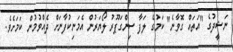
ނަޝީދުގެ "އަތައް ގޮވާނެ" ކަމުގެ ލަފާ ސިންގަޕޫރު ލޯޔަރުން އެމަނިކުފާނަށް ދެއްވުމުން ކަމަށެވެ.